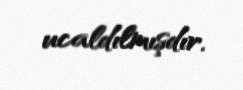
ucaldılmışdır.